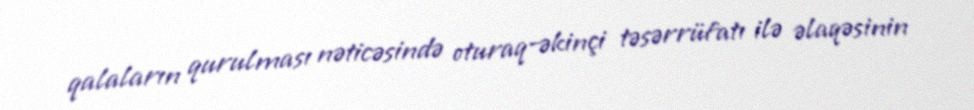
qalaların qurulması nəticəsində oturaq-əkinçi təsərrüfatı ilə əlaqəsinin